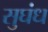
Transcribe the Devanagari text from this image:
सुघंध